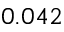
0 . 0 4 2